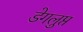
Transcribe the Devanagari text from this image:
डेगलुप्त